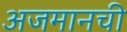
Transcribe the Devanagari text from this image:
अजमानची